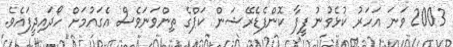
2003 ވަނަ އަހަރު ކުޅެވުނު ފީފާ ކޮންފެޑެރޭޝަން ކަޕްގެ ތިންވަނަވެސް އެގައުމަށް ހޯދައިދީފައެވެ.